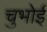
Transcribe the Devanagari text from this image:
चुभोई